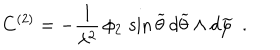
C ^ { ( 2 ) } = - \frac { 1 } { \lambda ^ { 2 } } \, \phi _ { 2 } \, \sin { \widetilde \theta } \, d { \widetilde \theta } \wedge d { \widetilde \varphi } ~ ~ .